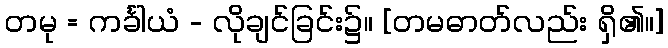
တမု = ကင်္ခါယံ - လိုချင်ခြင်း၌။ [တမဓာတ်လည်း ရှိ၏။]